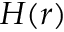
H ( r )